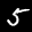
Label: 5